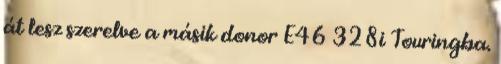
át lesz szerelve a másik donor E46 328i Touringba.